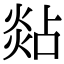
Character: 煔